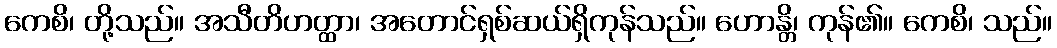
ကေစိ၊ တို့သည်။ အသီတိဟတ္ထာ၊ အတောင်ရှစ်ဆယ်ရှိကုန်သည်။ ဟောန္တိ၊ ကုန်၏။ ကေစိ၊ သည်။